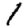
Digit: 1